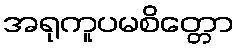
အရုကူပမစိတ္တော